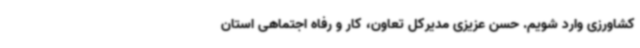
کشاورزی وارد شویم. حسن عزیزی مدیرکل تعاون، کار و رفاه اجتماهی استان